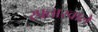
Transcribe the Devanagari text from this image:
रफ्तारवाले